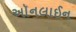
અૉનલાઈન